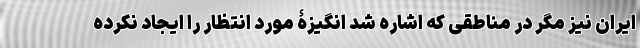
ایران نیز مگر در مناطقی که اشاره شد انگیزۀ مورد انتظار را ایجاد نکرده